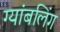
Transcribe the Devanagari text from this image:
ग्यांबलिंग